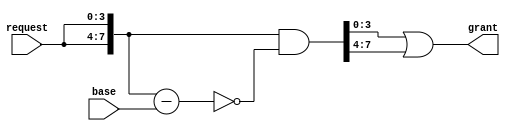
`timescale 1ns/1ps

// 
module arbiter_base 
#(      
    parameter NUM_REQ = 4
)
(
    input   wire[NUM_REQ-1:0] request   ,
    input   wire[NUM_REQ-1:0] base      ,// baseonehot1

    output  wire[NUM_REQ-1:0] grant   
);

wire[2*NUM_REQ-1:0] extend_request;
wire[2*NUM_REQ-1:0] extend_grant;

// requestbase
assign extend_request={request,request};
// grant
assign extend_grant=extend_request& ~(extend_request-base);
// extend_grantextend_grantgrant
assign grant = extend_grant[NUM_REQ-1:0] | extend_grant[2*NUM_REQ-1:NUM_REQ];

endmodule


module round_robin_arbiter 
#(
    parameter NUM_REQ = 4
)
(
    input   wire                clk     ,
    input   wire                rstn    ,
    input   wire[NUM_REQ-1:0]   request ,

    output  wire[NUM_REQ-1:0]   grant
);

reg [NUM_REQ-1:0]   base;

// grant
always@(posedge clk or negedge rstn) begin
    if (!rstn) 
        base<={{NUM_REQ-1{1'b0}},1'b1};
    else if(grant=='b0)
        base<={{NUM_REQ-1{1'b0}},1'b1};
    else
        base<={grant[NUM_REQ-2:0],grant[NUM_REQ-1]};
end

// base
arbiter_base 
#(      
    .NUM_REQ (NUM_REQ)
)
u_arbiter_base
(
    .request(request    )  ,
    .base   (base       )  ,// baseonehot1
                       
    .grant  (grant      )
);

endmodule